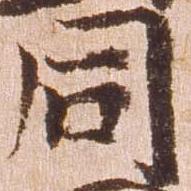
同